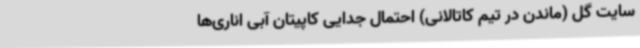
سایت گل (ماندن در تیم کاتالانی) احتمال جدایی کاپیتان آبی اناری‌ها